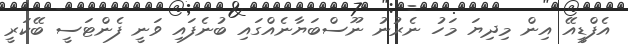
އެފްޑީއޭ އިން މިދިޔަ މަހު ނެރުނު ނޫސްބަޔާނެއްގައި ބުނެފައި ވަނީ ފެންޓަސީ ބޭކަރީ